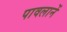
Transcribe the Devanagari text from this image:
पावलानें